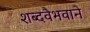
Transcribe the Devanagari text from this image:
शब्दवैभवाने